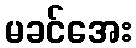
မခင်အေး